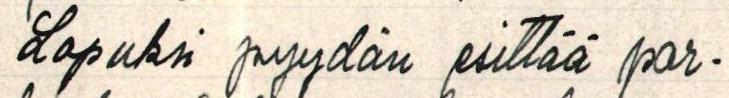
Lopuksi pyydän esittää par-